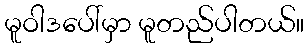
မူဝါဒပေါ်မှာ မူတည်ပါတယ်။